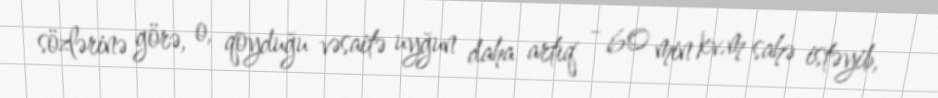
sözlərinə görə, o, qoyduğu vəsaitə uyğun daha artıq - 60 min kv.m sahə istəyib,